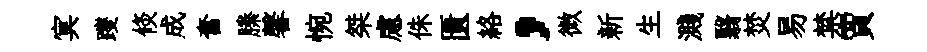
㝠躞倐成奮縢馨惋桀慮侏匱絡，微新生濺翳焚易禁賈